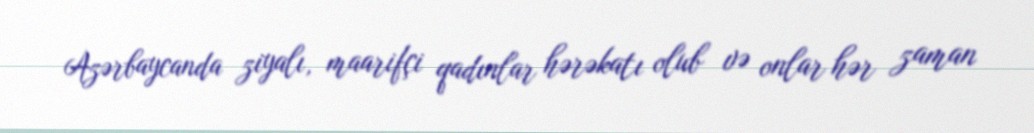
Azərbaycanda ziyalı, maarifçi qadınlar hərəkatı olub və onlar hər zaman